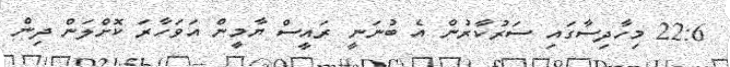
22:6 މިހާދިސާގައި ސަރުކާރުން އެ ބުނަނީ ރައީސް ޔާމީން އަވަހާރަ ކޮށްލަން ދިން